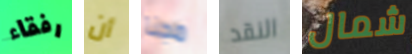
رفقاء أن مجنا النقد شمال